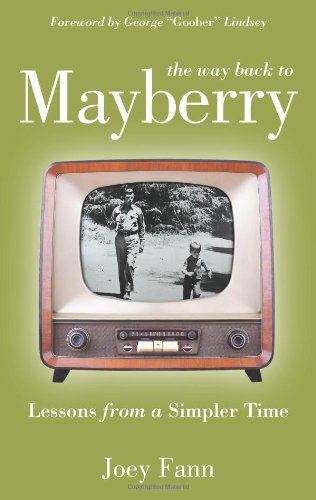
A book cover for The Way Back to Mayberry: Lessons from a Simpler Time; Joey Fann; Humor & Entertainment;